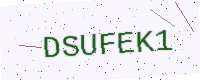
Text: DSUFEK1